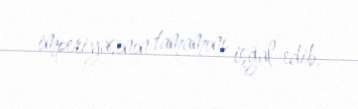
imperiyasının tamamını işğal edib.